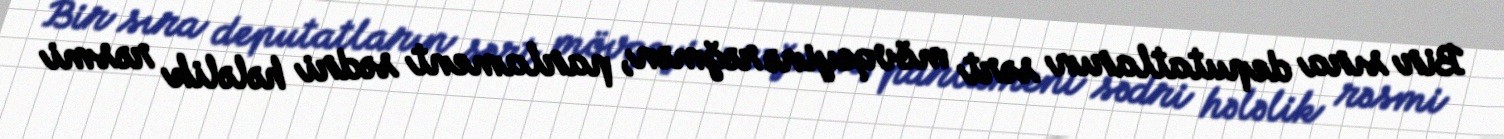
Bir sıra deputatların sərt mövqeyinə rəğmən, parlament sədri hələlik rəsmi